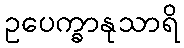
ဥပေက္ခာနုသာရိ